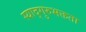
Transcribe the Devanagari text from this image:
स्याद्गुरुभक्तता